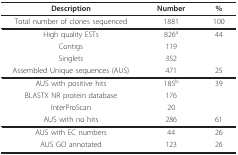
<table><thead><tr><td><b>Description</b></td><td><b>Number</b></td><td><b>%</b></td></tr></thead><tbody><tr><td>Total number of clones sequenced</td><td>1881</td><td>100</td></tr><tr><td>High quality ESTs</td><td>826<sup>a</sup></td><td>44</td></tr><tr><td>Contigs</td><td>119</td><td></td></tr><tr><td>Singlets</td><td>352</td><td></td></tr><tr><td>Assembled Unique sequences (AUS)</td><td>471</td><td>25</td></tr><tr><td>AUS with positive hits</td><td>185<sup>b</sup></td><td>39</td></tr><tr><td>BLASTX NR protein database</td><td>176</td><td></td></tr><tr><td>InterProScan</td><td>20</td><td></td></tr><tr><td>AUS with no hits</td><td>286</td><td>61</td></tr><tr><td>AUS with EC numbers</td><td>44</td><td>26</td></tr><tr><td>AUS GO annotated</td><td>123</td><td>26</td></tr></tbody></table>